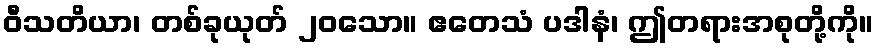
ဝီသတိယာ၊ တစ်ခုယုတ် ၂၀သော။ ဧတေသံ ပဒါနံ၊ ဤတရားအစုတို့ကို။